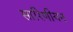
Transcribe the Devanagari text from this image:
सारिणीयन